Note on the mental hospitals in Burma - 1925-1940
Year: 1925
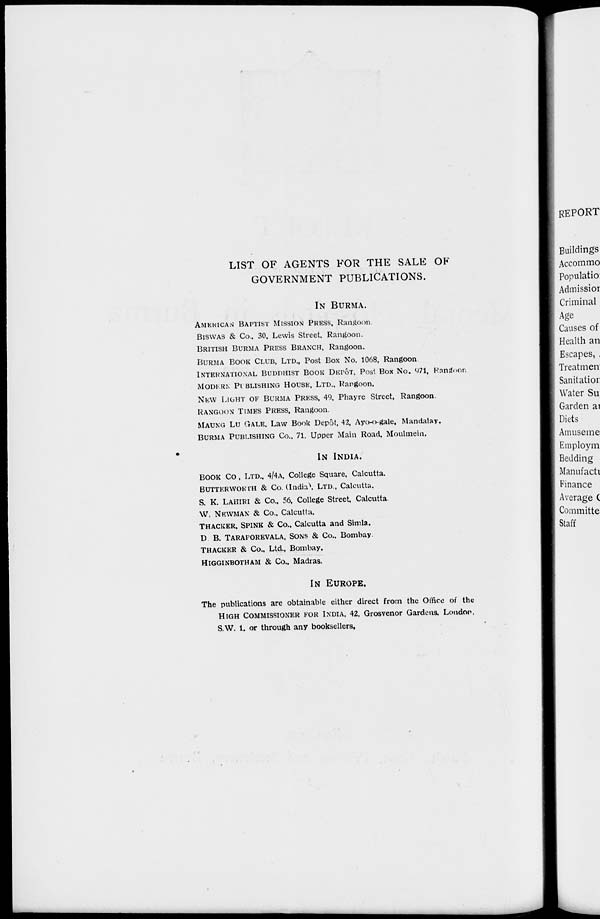
LIST OF AGENTS FOR THE SALE OF
GOVERNMENT PUBLICATIONS.
IN BURMA.
AMERICAN BAPTIST MISSION PRESS, Rangoon.
BISWAS & Co.. 30, Lewis Street. Rangoon.
BRITISH BURMA PRESS BRANCH, Rangoon.
BURMA BOOK CLUB, LTD., Post Box No. 1068, Rangoon
INTERNATIONAL BUDDHIST BOOK DEPÔT, Post Box No. 971, Rangoon
MODERN PUBLISHING HOUSE, LTD., Rangoon.
NEW LIGHT OF BURMA PRESS, 49, Phayre Street, Rangoon.
RANGOON TIMES PRESS, Rangoon.
MAUNG LU GALE, Law Book Depôt, 42, Ayo-o-gale, Mandalay.
BURMA PUBLISHING Co., 71. Upper Main Road, Moulmein.
IN INDIA.
BOOK Co, LTD., 4/4A, College Square, Calcutta.
BUTTERWORTH & Co. (India) LTD., Calcutta.
S. K. LAHIRI & Co., 56, College Street,Calcutta.
W. NEWMAN & Co., Calcutta.
THACKER, SPINK & Co.. Calcutta and Simla.
D. B. TARAPOREVALA, SONS & Co., Bombay.
THACKER & Co., Ltd., Bombay.
HIGGINBOTHAM & Co., Madras.
IN EUROPE.
The publications are obtainable either direct from the Office of the
HIGH COMMISSIONER FOR INDIA. 42. Grosvenor Gardens. London.
S.W. 1. or through any booksellers.